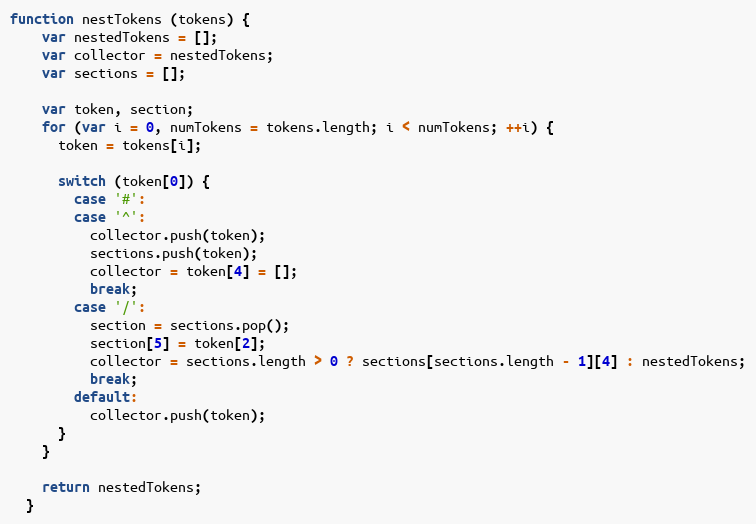
Language: JavaScript
function nestTokens (tokens) {
    var nestedTokens = [];
    var collector = nestedTokens;
    var sections = [];

    var token, section;
    for (var i = 0, numTokens = tokens.length; i < numTokens; ++i) {
      token = tokens[i];

      switch (token[0]) {
        case '#':
        case '^':
          collector.push(token);
          sections.push(token);
          collector = token[4] = [];
          break;
        case '/':
          section = sections.pop();
          section[5] = token[2];
          collector = sections.length > 0 ? sections[sections.length - 1][4] : nestedTokens;
          break;
        default:
          collector.push(token);
      }
    }

    return nestedTokens;
  }